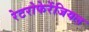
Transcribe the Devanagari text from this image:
रेटरोफेरेंजियल